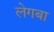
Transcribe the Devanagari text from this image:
लेगबा